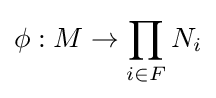
\phi :M\to \prod _{i\in F}N_{i}